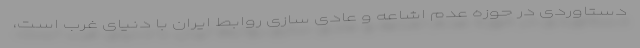
دستاوردی در حوزه عدم اشاعه و عادی سازی روابط ایران با دنیای غرب است،